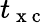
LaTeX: t_{\mathrm{~x~c~}}